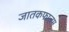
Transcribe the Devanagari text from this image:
जातकफालम